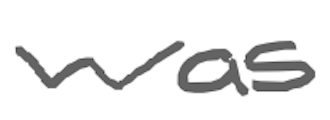
Text: was
Cross-out: clean
Writing tool: digital_gray